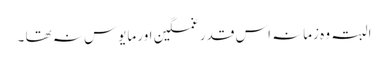
البتہ وہ زمانہ اس قدر غمگین اور مایوس نہ تھا ۔